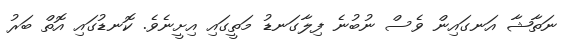
ނަތާޝާ އަނގައިން ވެސް ނުބުނެ ފިލާގަނޑު މަތީގައި އިށީނެވެ. ކޮނޑުގައި އޮތް ބަރު